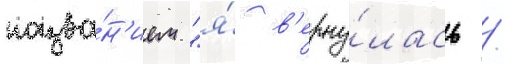
назва́н'ием "я́ в'ерну́лась /